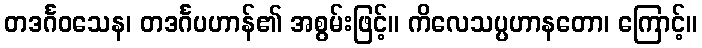
တဒင်္ဂဝသေန၊ တဒင်္ဂပဟာန်၏ အစွမ်းဖြင့်။ ကိလေသပ္ပဟာနတော၊ ကြောင့်။